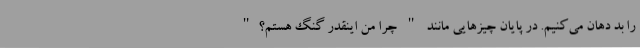
را بد دهان می‌کنیم. در پایان چیزهایی مانند " چرا من اینقدر گنگ هستم؟"